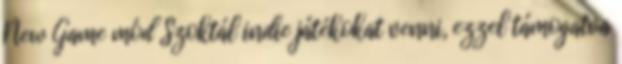
New Game mód Szoktál indie játékokat venni, ezzel támogatva